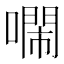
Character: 𠿷